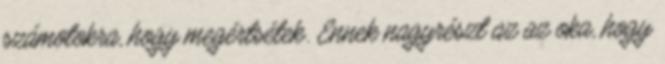
számotokra, hogy megértsétek. Ennek nagyrészt az az oka, hogy